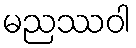
မညဿဝါ